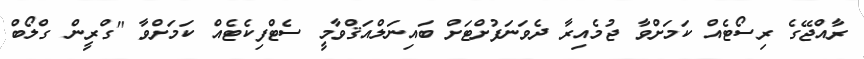
ރާއްޖޭގެ ރިސޯޓެއް ކަމަށްވާ ޖުމެއިރާ ދެވަނަފުށްޓަށް ބައިނަލްއަޤްވާމީ ސެޓްފިކެޓެއް ކަމަށްވާ "ގްރީން ގްލޯބް